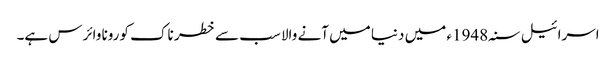
اسرائیل سنہ1948ء میں دنیا میں آنے والا سب سے خطر ناک کورونا وائرس ہے۔